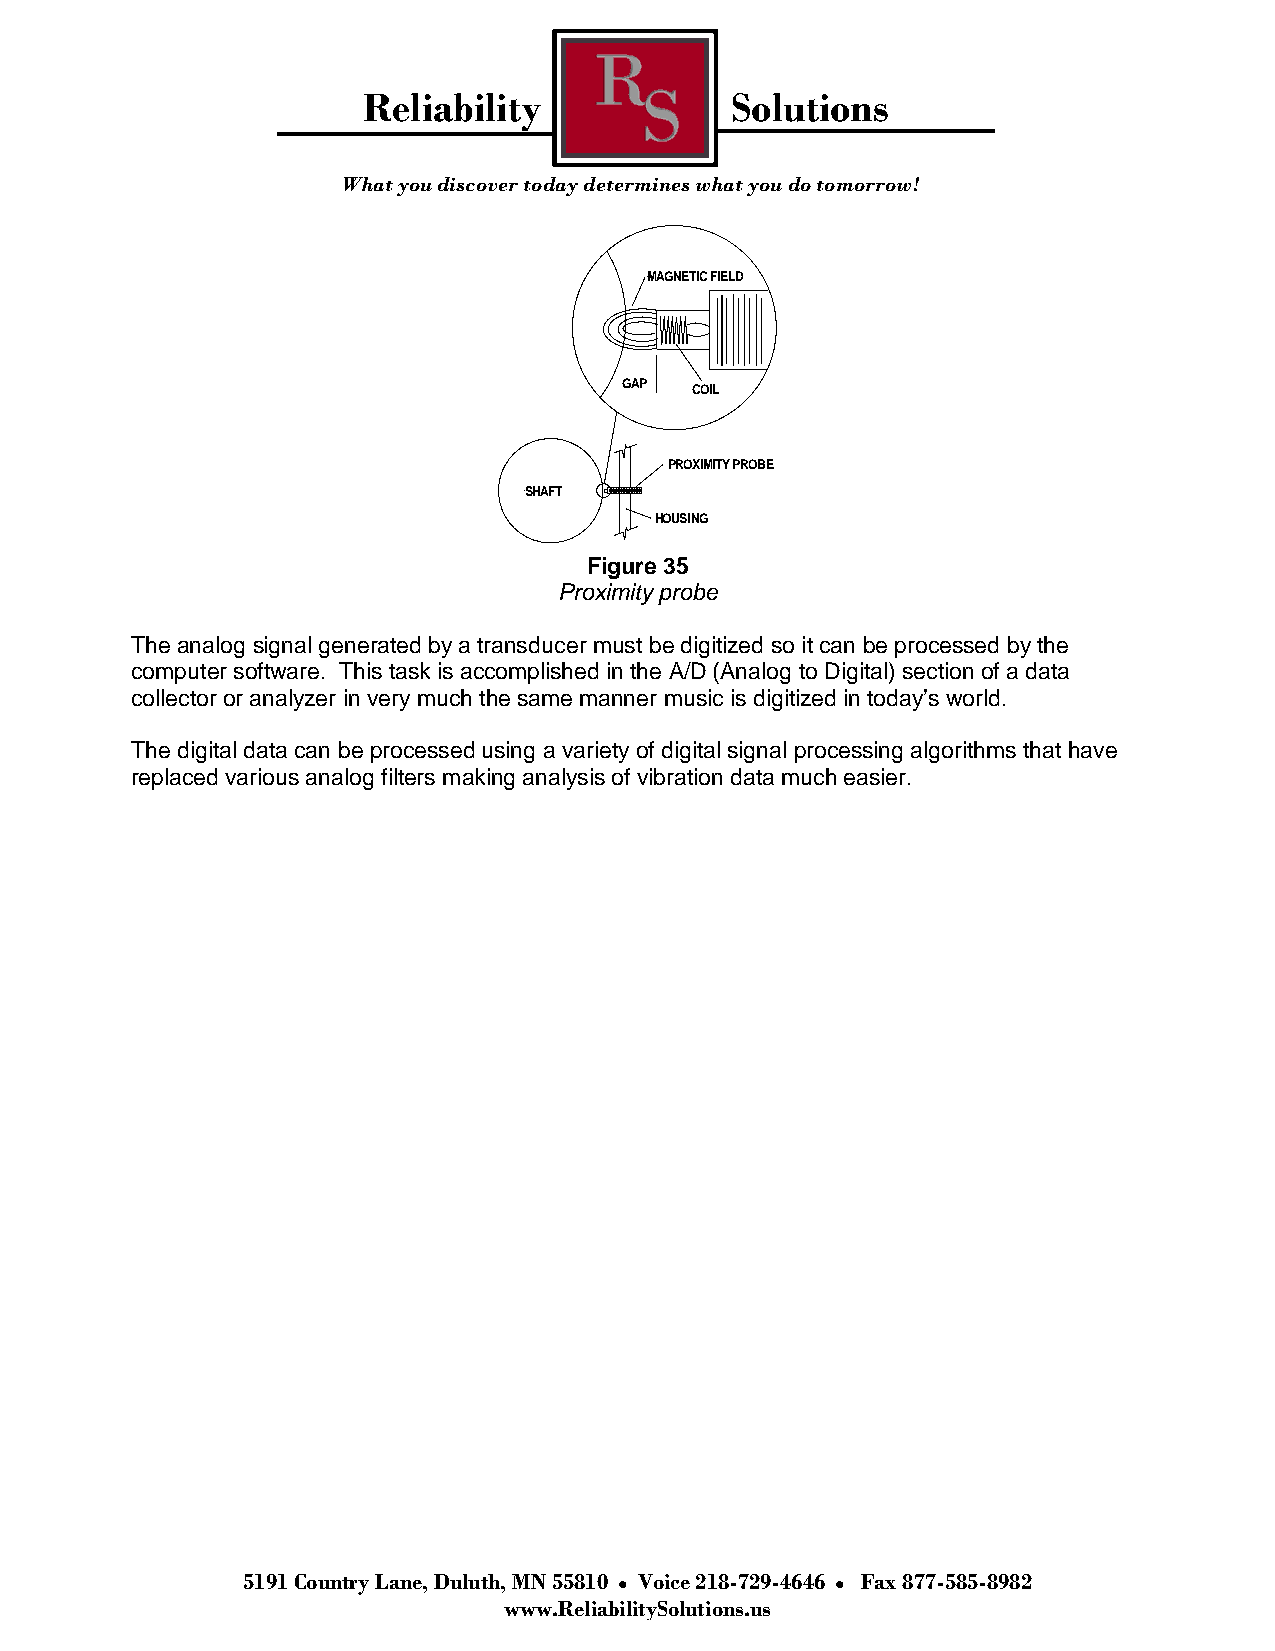
Reliability             Solutions
 What you discover today determines what you do tomorrow!
 MAGNETIC FIELD
 GAP  COIL
 PROXIMITY PROBE
 SHAFT
 HOUSING
 Figure 35
 Proximity probe
 The analog signal generated by a transducer must be digitized so it can be processed by the
 computer software. This task is accomplished in the A/D (Analog to Digital) section of a data
 collector or analyzer in very much the same manner music is digitized in today’s world.
 The digital data can be processed using a variety of digital signal processing algorithms that have
 replaced various analog filters making analysis of vibration data much easier.
 5191 Country Lane, Duluth, MN 55810 Voice 218-729-4646 Fax 877-585-8982
 www.ReliabilitySolutions.us